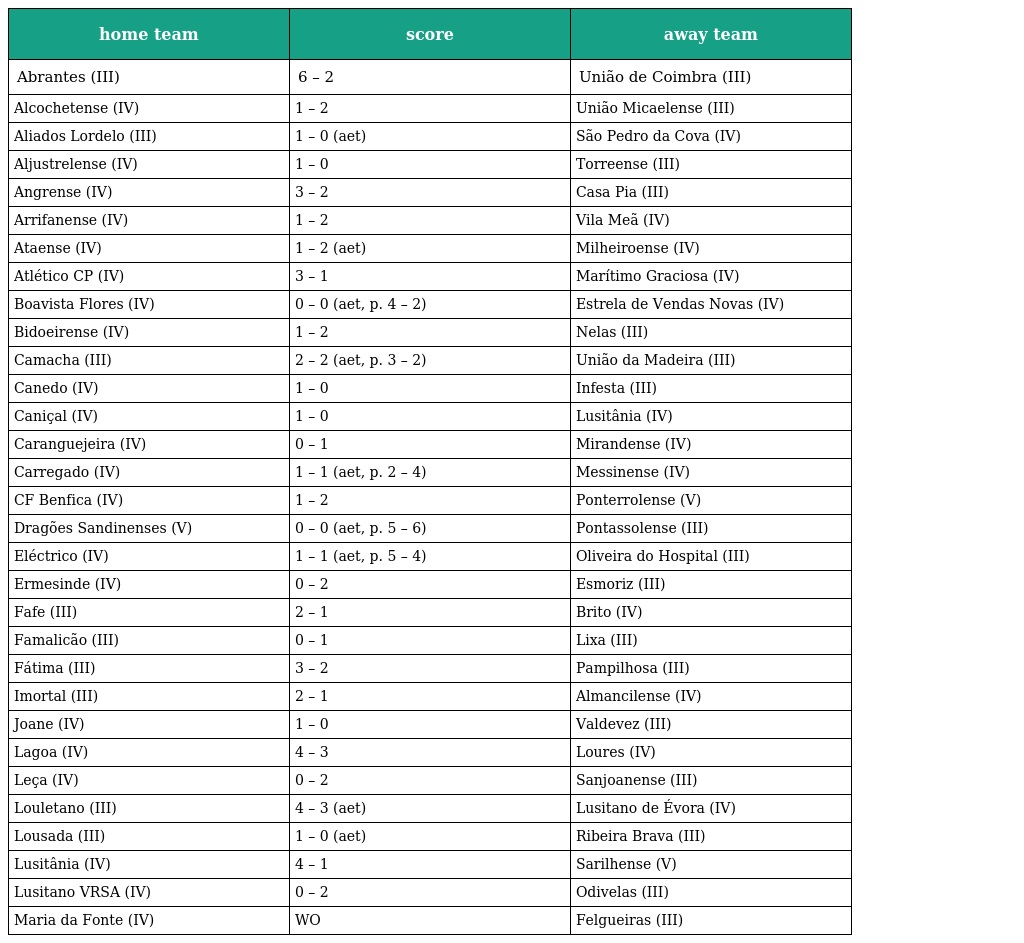
| home team | score | away team |
 | --- | --- | --- |
 | Abrantes (III) | 6 – 2 | União de Coimbra (III) |
 | Alcochetense (IV) | 1 – 2 | União Micaelense (III) |
 | Aliados Lordelo (III) | 1 – 0 (aet) | São Pedro da Cova (IV) |
 | Aljustrelense (IV) | 1 – 0 | Torreense (III) |
 | Angrense (IV) | 3 – 2 | Casa Pia (III) |
 | Arrifanense (IV) | 1 – 2 | Vila Meã (IV) |
 | Ataense (IV) | 1 – 2 (aet) | Milheiroense (IV) |
 | Atlético CP (IV) | 3 – 1 | Marítimo Graciosa (IV) |
 | Boavista Flores (IV) | 0 – 0 (aet, p. 4 – 2) | Estrela de Vendas Novas (IV) |
 | Bidoeirense (IV) | 1 – 2 | Nelas (III) |
 | Camacha (III) | 2 – 2 (aet, p. 3 – 2) | União da Madeira (III) |
 | Canedo (IV) | 1 – 0 | Infesta (III) |
 | Caniçal (IV) | 1 – 0 | Lusitânia (IV) |
 | Caranguejeira (IV) | 0 – 1 | Mirandense (IV) |
 | Carregado (IV) | 1 – 1 (aet, p. 2 – 4) | Messinense (IV) |
 | CF Benfica (IV) | 1 – 2 | Ponterrolense (V) |
 | Dragões Sandinenses (V) | 0 – 0 (aet, p. 5 – 6) | Pontassolense (III) |
 | Eléctrico (IV) | 1 – 1 (aet, p. 5 – 4) | Oliveira do Hospital (III) |
 | Ermesinde (IV) | 0 – 2 | Esmoriz (III) |
 | Fafe (III) | 2 – 1 | Brito (IV) |
 | Famalicão (III) | 0 – 1 | Lixa (III) |
 | Fátima (III) | 3 – 2 | Pampilhosa (III) |
 | Imortal (III) | 2 – 1 | Almancilense (IV) |
 | Joane (IV) | 1 – 0 | Valdevez (III) |
 | Lagoa (IV) | 4 – 3 | Loures (IV) |
 | Leça (IV) | 0 – 2 | Sanjoanense (III) |
 | Louletano (III) | 4 – 3 (aet) | Lusitano de Évora (IV) |
 | Lousada (III) | 1 – 0 (aet) | Ribeira Brava (III) |
 | Lusitânia (IV) | 4 – 1 | Sarilhense (V) |
 | Lusitano VRSA (IV) | 0 – 2 | Odivelas (III) |
 | Maria da Fonte (IV) | WO | Felgueiras (III) |